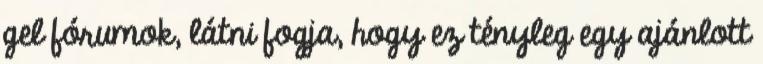
gel fórumok, látni fogja, hogy ez tényleg egy ajánlott